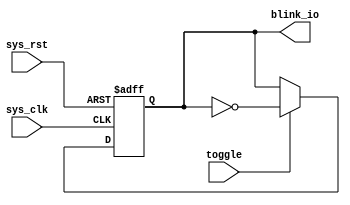
module blink(
	input		sys_clk,		//
	input		sys_rst,		//	

	input		toggle,		//
	output reg blink_io		//LED
);

reg blink_flag;

always@(posedge sys_clk or negedge sys_rst) begin
	if (!sys_rst) begin				//
				//LED
		blink_io <= 1'b1;
	end

 	else if(toggle)	begin

		blink_io <= ~blink_io;
 	end
	
end
	
endmodule